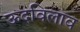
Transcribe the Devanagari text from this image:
ऊदविलाव